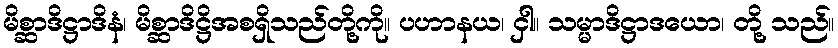
မိစ္ဆာဒိဋ္ဌာဒိနံ၊ မိစ္ဆာဒိဋ္ဌိအစရှိသည်တို့ကို။ ပဟာနယ၊ ငှါ။ သမ္မာဒိဋ္ဌာဒယော၊ တို့ သည်။